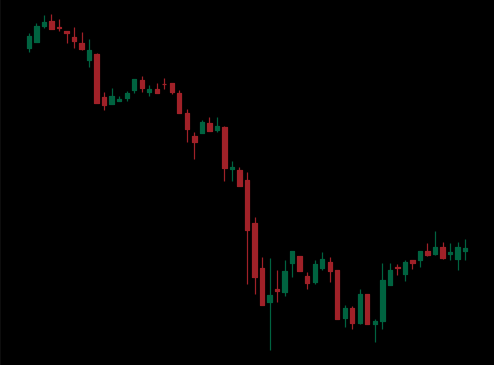
Pattern: bull_flag